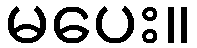
မပေး။